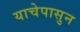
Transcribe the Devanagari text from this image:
याचेपासुन